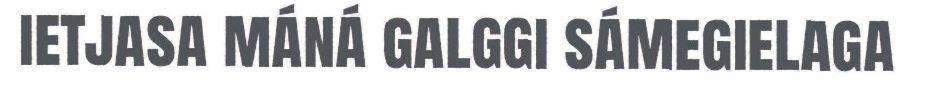
ietjasa máná galggi sámegielaga